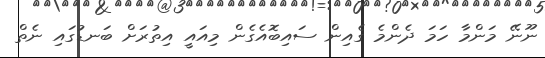
ނޫނޭ މަންމާ ހަމަ ދެންމެ ގެއިން ސައިބޮއެގެން މިއައީ އިތުރަށް ބަނޑުގައި ނެތް